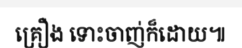
គ្រឿង ទោះចាញ់ក៏ដោយ៕